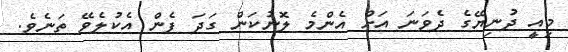
މިއީ ދުނިޔޭގެ ދެވަނަ އަށް އެންމެ ލޮނުކަން ގަދަ ފެން އެކުލެވޭ ތަނެވެ.